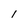
Character: 1